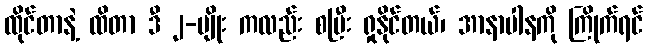
ထိုင်တာနဲ့ ထိတာ ဒီ ၂-မျိုး ကလည်း စပြီး ရှုနိုင်တယ်၊ အာနာပါနကို ကြိုက်ရင်